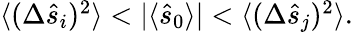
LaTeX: \begin{array}{r}{\langle(\Delta\hat{s}_{i})^{2}\rangle<|\langle\hat{s}_{0}\rangle|<\langle(\Delta\hat{s}_{j})^{2}\rangle.}\end{array}